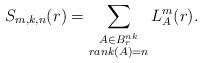
LaTeX: \begin{align*} S_{m, k, n}(r) = \sum_{\substack{ A \in B_r^{nk} \\ rank(A) = n }} L_{A}^{m}(r).\end{align*}